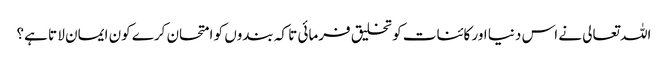
اللہ تعالی نے اس دنیا اور کائنات کو تخلیق فرمائی تا کہ بندوں کو امتحان کرے کون ایمان لا تا ہے؟